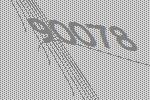
90078